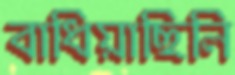
বাধিয়াছিলি